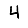
Digit: 4